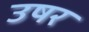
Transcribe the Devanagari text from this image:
उषर